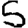
Digit: 5